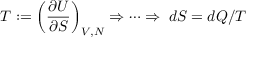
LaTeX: T : = \left( { \frac { \partial U } { \partial S } } \right) _ { V , N } \Rightarrow \cdots \Rightarrow \; d S = d Q / T